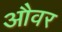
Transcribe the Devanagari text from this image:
औवर